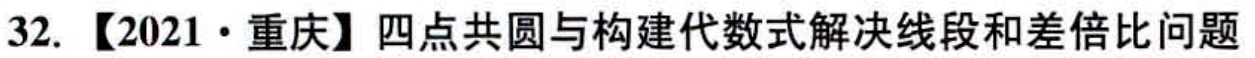
32. 【2021·重庆】四点共圆与构建代数式解决线段和差倍比问题